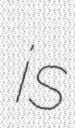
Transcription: is